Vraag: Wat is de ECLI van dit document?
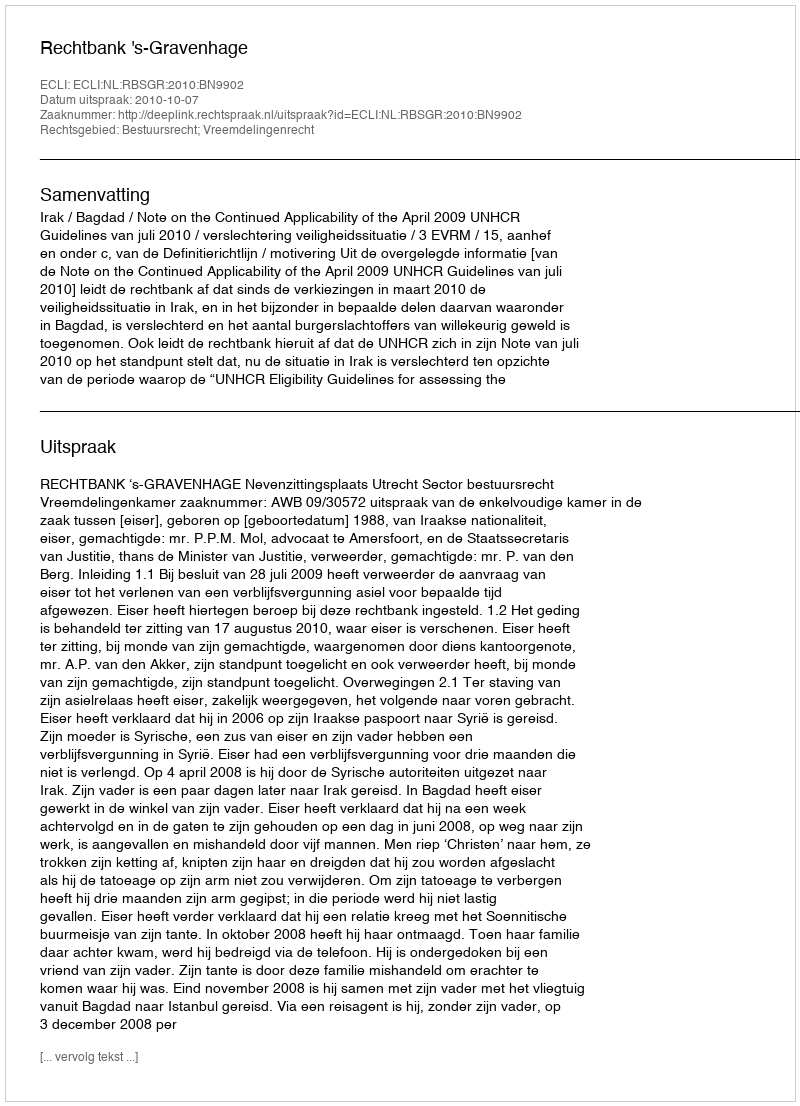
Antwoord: ECLI:NL:RBSGR:2010:BN9902